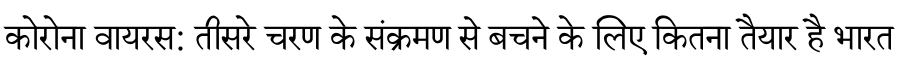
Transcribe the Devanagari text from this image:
कोरोना वायरस: तीसरे चरण के संक्रमण से बचने के लिए कितना तैयार है भारत